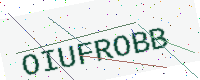
Text: OIUFROBB